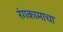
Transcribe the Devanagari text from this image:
रंगकामाचा